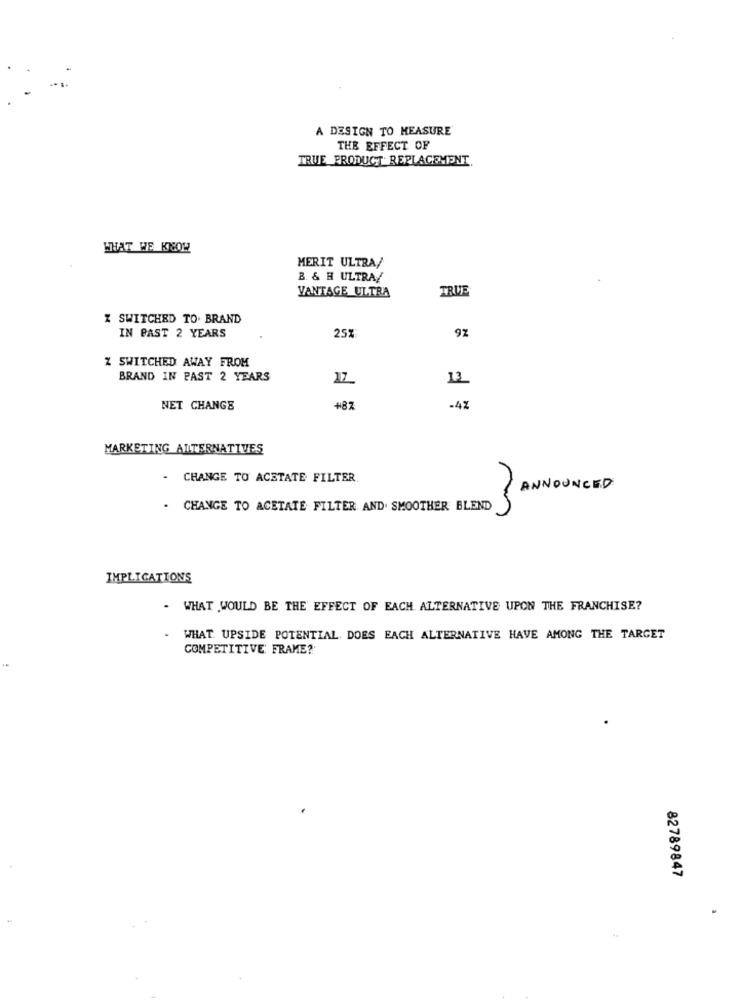
A DESIGN TO MEASURE
THE EFFECT OF
TRUE_PRODUCT REPLACEMENT
WHAT WE KNOW
MERIT ULTRA/
B. & H ULTRA/
VANTAGE ULTRA
TRUE
X SWITCHED TO. BRAND
25
IN PAST 2 YEARS
9%
Z SWITCHED AWAY FROM
BRAND IN PAST 2 YEARS
17
13
NET CHANGE
+87
-4%
MARKETING ALTERNATIVES
.
CHANGE TO ACETATE FILTER
ANNOUNCED
. CHANGE TO ACETATE FILTER AND. SMOOTHER BLEND
IMPLICATIONS
- WHAT WOULD BE THE EFFECT OF EACH ALTERNATIVE UPON THE FRANCHISE?
WHAT UPSIDE POTENTIAL DOES EACH ALTERNATIVE HAVE AMONG THE TARGET
COMPETITIVE' FRAME?
82789847